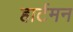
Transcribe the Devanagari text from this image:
हार्टमन